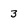
Character: 3